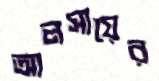
আলসায়ের